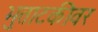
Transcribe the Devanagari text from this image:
भुताटकीवर